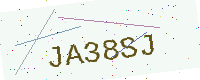
Text: JA38SJ